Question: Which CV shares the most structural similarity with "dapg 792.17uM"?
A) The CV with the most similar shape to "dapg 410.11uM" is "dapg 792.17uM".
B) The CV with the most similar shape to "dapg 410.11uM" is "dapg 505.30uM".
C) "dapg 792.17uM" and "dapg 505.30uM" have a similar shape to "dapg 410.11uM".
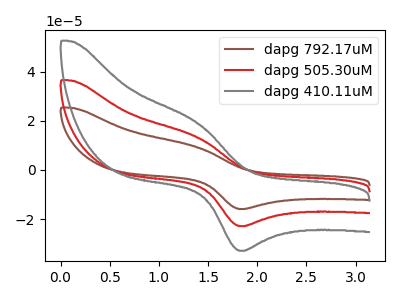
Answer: <think>The brown curve "dapg 792.17uM" has an anodic peak at (1.40V, 27.10uA) and a cathodic peak at (1.85V, -45.80uA). The red curve "dapg 505.30uM" has an anodic peak at (1.40V, 13.55uA) and a cathodic peak at (1.85V, -22.90uA). The gray curve "dapg 410.11uM" has an anodic peak at (1.40V, 19.50uA) and a cathodic peak at (1.85V, -32.95uA).
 All the peaks in "dapg 792.17uM" have a peak in "dapg 505.30uM" at the same potential. Every peak in "dapg 792.17uM" is higher than every peak in "dapg 505.30uM". All the peaks in "dapg 792.17uM" have a peak in "dapg 410.11uM" at the same potential. Every peak in "dapg 792.17uM" is higher than every peak in "dapg 410.11uM". All the peaks in "dapg 505.30uM" have a peak in "dapg 410.11uM" at the same potential. Every peak in "dapg 505.30uM" is lower than every peak in "dapg 410.11uM".</think>
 <answer>C) "dapg 792.17uM" and "dapg 505.30uM" have a similar shape to "dapg 410.11uM".</answer>
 <eval>C</eval>